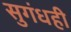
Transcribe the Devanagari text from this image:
सुगंधही